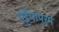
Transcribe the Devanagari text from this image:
एट्टैयापुरम